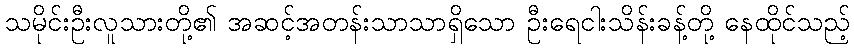
သမိုင်းဦးလူသားတို့၏ အဆင့်အတန်းသာသာရှိသော ဦးရေငါးသိန်းခန့်တို့ နေထိုင်သည့်